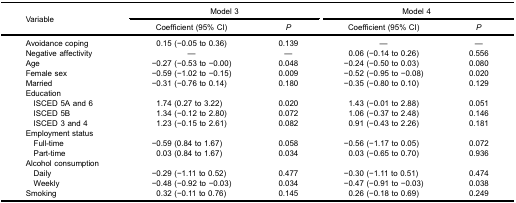
<table><thead><tr><td rowspan="3"><b>Variable</b></td><td colspan="2"><b>Model 3</b></td><td colspan="2"><b>Model 4</b></td></tr><tr><td><b>Coefficient (95% CI)</b></td><td><b><i>P</i></b></td><td><b>Coefficient (95% CI)</b></td><td><b><i>P</i></b></td></tr></thead><tbody><tr><td>Avoidance coping</td><td>0.15 (−0.05 to 0.36)</td><td>0.139</td><td>—</td><td>—</td></tr><tr><td>Negative affectivity</td><td>—</td><td>—</td><td>0.06 (−0.14 to 0.26)</td><td>0.556</td></tr><tr><td>Age</td><td>−0.27 (−0.53 to −0.00)</td><td>0.048</td><td>−0.24 (−0.50 to 0.03)</td><td>0.080</td></tr><tr><td>Female sex</td><td>−0.59 (−1.02 to −0.15)</td><td>0.009</td><td>−0.52 (−0.95 to −0.08)</td><td>0.020</td></tr><tr><td>Married</td><td>−0.31 (−0.76 to 0.14)</td><td>0.180</td><td>−0.35 (−0.80 to 0.10)</td><td>0.129</td></tr><tr><td>Education</td><td>[EMPTY_CELL]</td><td>[EMPTY_CELL]</td><td>[EMPTY_CELL]</td><td>[EMPTY_CELL]</td></tr><tr><td> ISCED 5A and 6</td><td>1.74 (0.27 to 3.22)</td><td>0.020</td><td>1.43 (−0.01 to 2.88)</td><td>0.051</td></tr><tr><td> ISCED 5B</td><td>1.34 (−0.12 to 2.80)</td><td>0.072</td><td>1.06 (−0.37 to 2.48)</td><td>0.146</td></tr><tr><td> ISCED 3 and 4</td><td>1.23 (−0.15 to 2.61)</td><td>0.082</td><td>0.91 (−0.43 to 2.26)</td><td>0.181</td></tr><tr><td>Employment status</td><td>[EMPTY_CELL]</td><td>[EMPTY_CELL]</td><td>[EMPTY_CELL]</td><td>[EMPTY_CELL]</td></tr><tr><td> Full-time</td><td>−0.59 (0.84 to 1.67)</td><td>0.058</td><td>−0.56 (−1.17 to 0.05)</td><td>0.072</td></tr><tr><td> Part-time</td><td>0.03 (0.84 to 1.67)</td><td>0.034</td><td>0.03 (−0.65 to 0.70)</td><td>0.936</td></tr><tr><td>Alcohol consumption</td><td>[EMPTY_CELL]</td><td>[EMPTY_CELL]</td><td>[EMPTY_CELL]</td><td>[EMPTY_CELL]</td></tr><tr><td> Daily</td><td>−0.29 (−1.11 to 0.52)</td><td>0.477</td><td>−0.30 (−1.11 to 0.51)</td><td>0.474</td></tr><tr><td> Weekly</td><td>−0.48 (−0.92 to −0.03)</td><td>0.034</td><td>−0.47 (−0.91 to −0.03)</td><td>0.038</td></tr><tr><td>Smoking</td><td>0.32 (−0.11 to 0.76)</td><td>0.145</td><td>0.26 (−0.18 to 0.69)</td><td>0.249</td></tr></tbody></table>